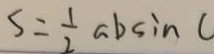
S = \frac { 1 } { 2 } a b \sin C